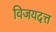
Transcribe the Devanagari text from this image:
विजयदत्त